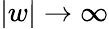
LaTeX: |w|\to\infty